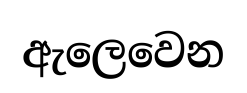
ඇලෙවෙන